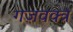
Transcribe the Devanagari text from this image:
गजवक्त्र